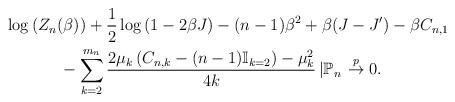
LaTeX: \begin{align*}&\log\left(Z_{n}(\beta)\right) + \frac{1}{2} \log\left(1- 2\beta J\right)- (n-1)\beta^2 + \beta (J -J') - \beta C_{n,1}\\& ~~~~~~~~~~ - \sum_{k=2}^{m_{n}}\frac{2\mu_{k}\left(C_{n,k}- (n-1)\mathbb{I}_{k=2}\right)- \mu_{k}^2}{4k}\left| \mathbb{P}_{n} \right.\stackrel{p}{\to} 0.\end{align*}